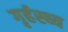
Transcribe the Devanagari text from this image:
गृर्हस्थ्य